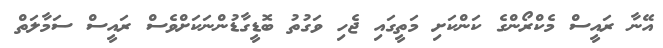
އޭނާ ރައީސް މެކްރޯންގެ ކަންކަށި މަތީގައި ޖެހި ވަގުތު ބޮޑީގާޑުންނަކަށްވެސް ރައީސް ސަމާލަތް